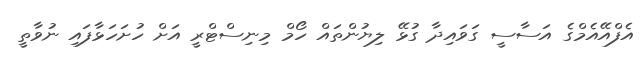
އެފްއޭއެެމްގެ އަސާސީ ގަވައިދާ ގުޅޭ ލިޔުންތައް ހޯމް މިނިސްޓްރީ އަށް ހުށަހަޅާފައި ނުވާތީ